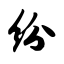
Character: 纷